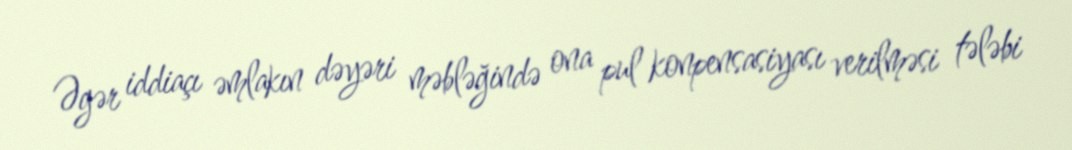
Əgər iddiaçı əmlakın dəyəri məbləğində ona pul konpensasiyası verilməsi tələbi